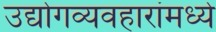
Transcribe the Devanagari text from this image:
उद्योगव्यवहारांमध्ये